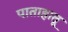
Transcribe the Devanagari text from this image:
पाताहातू